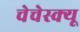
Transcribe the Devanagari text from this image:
चेचेस्क्यू